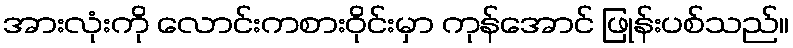
အားလုံးကို လောင်းကစားဝိုင်းမှာ ကုန်အောင် ဖြုန်းပစ်သည်။